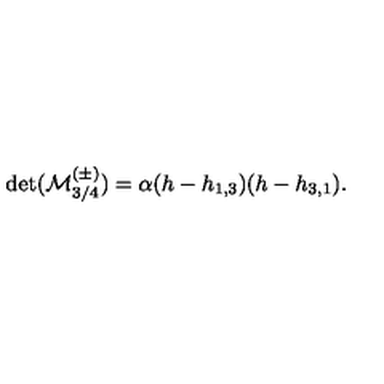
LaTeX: \det ( { \cal M } _ { 3 / 4 } ^ { ( \pm ) } ) = \alpha ( h - h _ { 1 , 3 } ) ( h - h _ { 3 , 1 } ) { } .